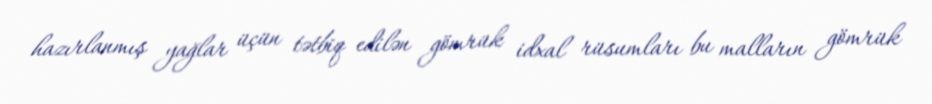
hazırlanmış yağlar üçün tətbiq edilən gömrük idxal rüsumları bu malların gömrük